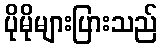
ပိုမိုများပြားသည်